Report on lock hospitals in British Burma
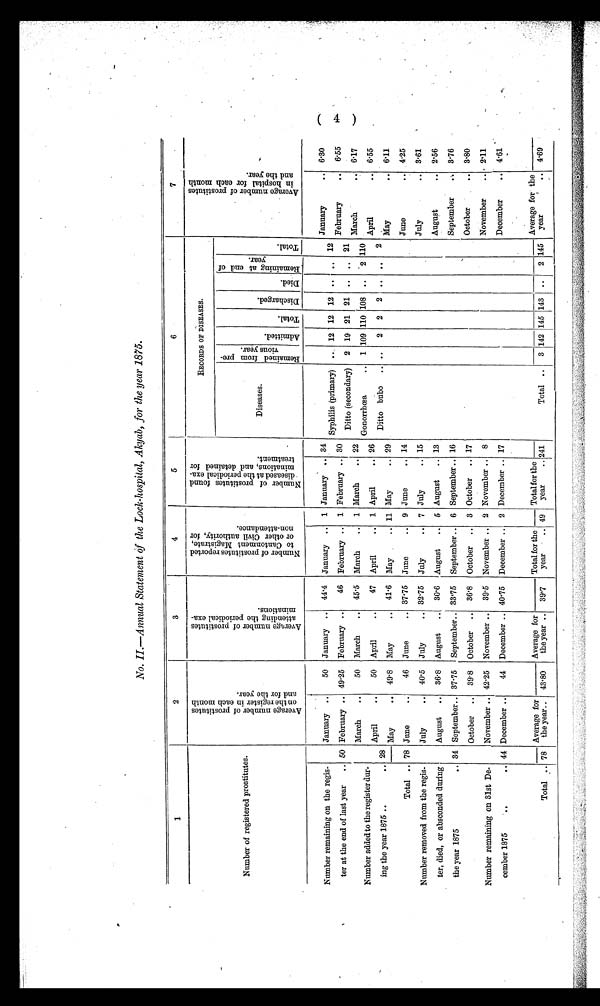
No. II.—Annual Statement of the Lock-hospital, Akyab, for the year 1875.
1
2
3
4
5
6
7
Number of registered prostitutes.
A v e r a g e n u m b e r o f p r o s t i t u t e s o n t h e r e g i s t e r i n e a c h m o n t h a n d f o r t h e y e a r .
A v e r a g e n u m b e r o f p r o s t i t u t e s a t t e n d i n g t h e p e r i o d i c a l e x a m i n a t i o n s .
N u m b e r o f p r o s t i t u t e s r e p o r t e d t o C a n t o n m e n t M a g i s t r a t e , o r o t h e r C i v i l a u t h o r i t y , f o r n o n - a t t e n d a n c e .
N u m n e r o f p r o s t i t u t e s f o u n d d i s e a s e d a t t h e p e r i o d i c a l e x a m i n a t i o n s , a n d d e t a i n e d f o r t r e a t m e n t .
RECORDS OF DISEASES .
A v e r a g e n u m b e r o f p r o s t i t u t e s i n h o s p i t a l f o r e a c h m o n t h a n d t h e y e a r .
( 4 )
Diseases.
R e m a i n e d f r o m p r e v i o u s y e a r .
A d m i t t e d .
T o t a l .
D i s c h a r g e d . D i e d . R e m a i n i n g a t e n d o f y e a r .
T o t a l .
Number remaining on the regis-
ter at the end of last year
.. 50
January ..
February ..
50
49.25
January ..
February ..
44.4
46
January ..
February ..
1
1
January ..
February ..
34
30
Syphilis (primary)
Ditto (secondary)
..
2
12
19
12
21
12
21
..
..
..
..
12
21
January
..
February
..
6.30
6.55
Number added to the register dur-
ing the year 1875 ..
.. 28
March
..
April
• •
May
..
50
50
49.8
March
..
April
..
May
• •
45.5
47
41.6
March
. .
April
..
May
..
1
1
11
March
..
April
..
May
..
22
26
29
Gonorrhoea
..
Ditto bubo
..
1
..
109
2
110
2
108
2
..
..
2
..
110
2
March
..
April
..
May
..
6.17
6.55
6.11
Total .. 78 June
..
46 June
.. 37.75 June
.. 9 June
.. 14
June
.. 4.25
Number removed from the regis
ter, died, or absconded during
the year 1875
.. 34
July
„
August
..
September..
October
..
40.5
36.8
37.75
39.8
July
. .
August
..
September..
October
..
32.75
30.6
33.75
36.8
July
..
August
..
September ..
October
..
7
5
6
3
July
..
August
..
September ..
October
..
15
13
16
17
July
..
August
..
September
. .
October
. .
3.61
2.56
3.76
3.80
Number remaining on 31st De
cember 1875
..
44
November ..
December ..
Average for
the year..
42.25
44
November ..
December ..
Average for
the year ..
39.5
40.75
November ..
December ..
Total for the
year
..
2
2
November ..
December ..
Total for the
year
..
8
17
November
..
December
..
Average for the
year
..
2.11
4.61
Total .. 78
43.80
39.7
49
241
Total ..
3
-
142 145 143 ..
2 145
4.69